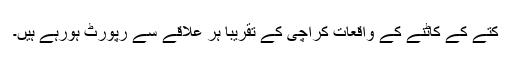
کتے کے کاٹنے کے واقعات کراچی کے تقریبا ہر علاقے سے رپورٹ ہورہے ہیں۔